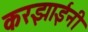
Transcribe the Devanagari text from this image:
करझाईंनी